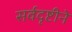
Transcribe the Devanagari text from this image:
सर्वदृष्टीने